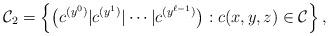
LaTeX: \begin{align*}\mathcal{C}_2= \left\{ \big(c^{(y^0)}|c^{(y^1)}|\cdots|c^{(y^{\ell-1})}\big) :c(x,y,z) \in \mathcal{C} \right \}, \end{align*}